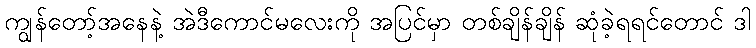
ကျွန်တော့်အနေနဲ့ အဲဒီကောင်မလေးကို အပြင်မှာ တစ်ချိန်ချိန် ဆုံခဲ့ရရင်တောင် ဒါ